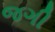
જગી